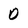
Character: D